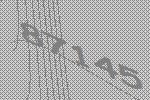
87145